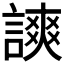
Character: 𧫗